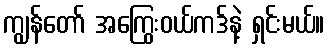
ကျွန်တော် အကြွေးဝယ်ကဒ်နဲ့ ရှင်းမယ်။